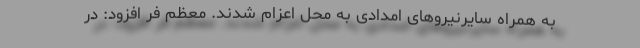
به همراه سایرنیروهای امدادی به محل اعزام شدند. معظم فر افزود: در